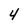
Character: 4